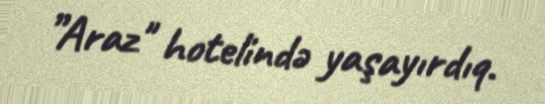
”Araz" hotelində yaşayırdıq.